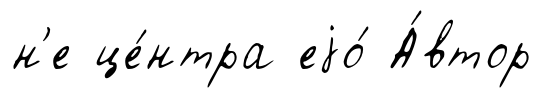
н'е це́нтра еjо́ А́втор